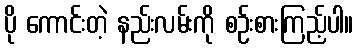
ပို ကောင်းတဲ့ နည်းလမ်းကို စဉ်းစားကြည့်ပါ။